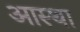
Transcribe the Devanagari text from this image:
अास्था